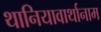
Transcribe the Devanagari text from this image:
थानियावार्थानाम